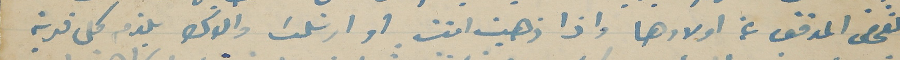
الفحص المدقق عن اولادها واذا ذهبت انت او ارسَلت والدك يلزم كل قرية